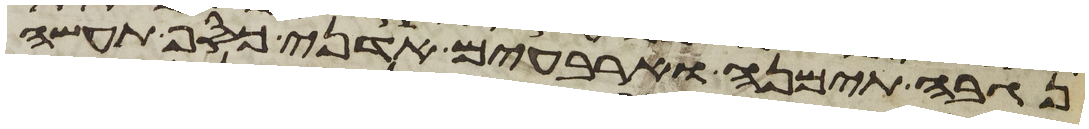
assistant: נגבה תימנה וארבעים אדני כסף תעשה